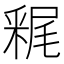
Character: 𲇀